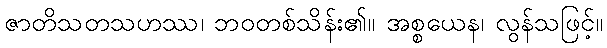
ဇာတိသတသဟဿ၊ ဘဝတစ်သိန်း၏။ အစ္စယေန၊ လွန်သဖြင့်။